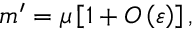
m ^ { \prime } = \mu \left[ 1 + O \left( \varepsilon \right) \right] ,